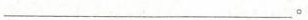
___。